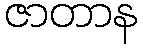
ဇာတာန